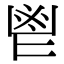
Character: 鬯